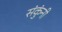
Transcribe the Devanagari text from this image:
संकुंनी